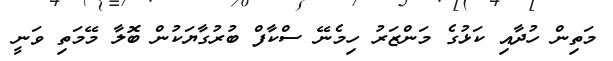
މަތިން ހުދާއި ކަޅުގެ މަންޒަރު ހިމެނޭ ސްކާފް ބުރުގާޔަކުން ބޮލާ މޭމަތި ވަނީ